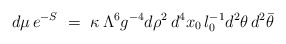
\begin{align*}d\mu \,e^{-S}~=~ \kappa\,\Lambda^6g^{-4} d\rho^2\, d^4x_0\,l_0^{-1} d^2\theta\,d^2\bar{\theta}\end{align*}